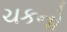
ચકનો